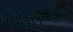
ચૌધરીઓના